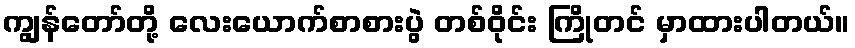
ကျွန်တော်တို့ လေးယောက်စာစားပွဲ တစ်ဝိုင်း ကြိုတင် မှာထားပါတယ်။